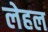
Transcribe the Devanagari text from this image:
लेहल